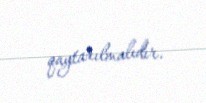
qaytarılmalıdır.